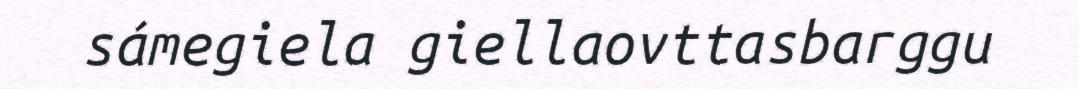
sámegiela giellaovttasbarggu